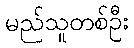
မည်သူတစ်ဦး